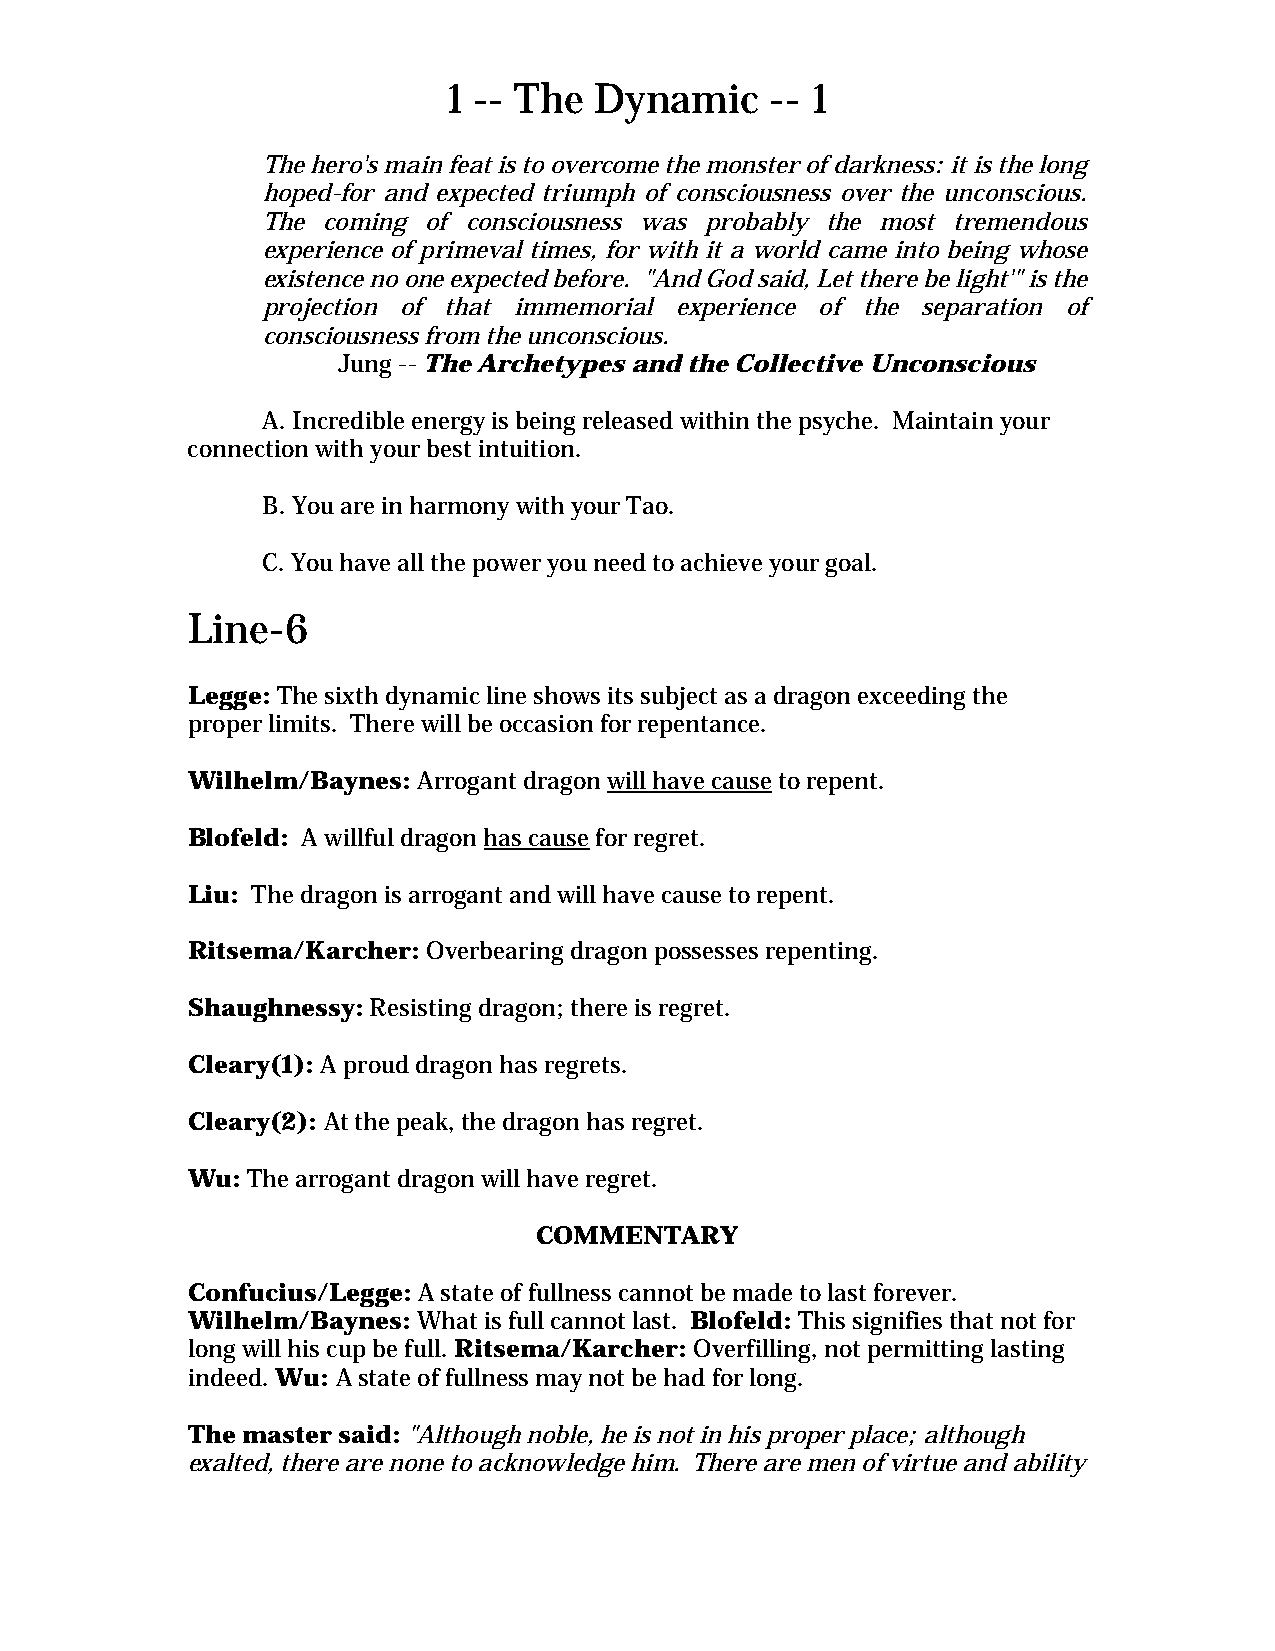
1 -- The Dynamic     -- 1
 The hero's main feat is to overcome the monster of darkness: it is the long
 hoped-for and expected triumph of consciousness over the unconscious.
 The coming of consciousness was probably the most tremendous
 experience of primeval times, for with it a world came into being whose
 existence no one expected before. "And God said, Let there be light'" is the
 projection of that immemorial experience of the separation of
 consciousness from the unconscious.
 Jung -- The Archetypes and the Collective Unconscious
 A. Incredible energy is being released within the psyche. Maintain your
 connection with your best intuition.
 B. You are in harmony with your Tao.
 C. You have all the power you need to achieve your goal.
 Line-6
 Legge: The sixth dynamic line shows its subject as a dragon exceeding the
 proper limits. There will be occasion for repentance.
 Wilhelm/Baynes: Arrogant dragon will have cause to repent.
 Blofeld: A willful dragon has cause for regret.
 Liu: The dragon is arrogant and will have cause to repent.
 Ritsema/Karcher: Overbearing dragon possesses repenting.
 Shaughnessy: Resisting dragon; there is regret.
 Cleary(1): A proud dragon has regrets.
 Cleary(2): At the peak, the dragon has regret.
 Wu: The arrogant dragon will have regret.
 COMMENTARY
 Confucius/Legge: A state of fullness cannot be made to last forever.
 Wilhelm/Baynes: What is full cannot last. Blofeld: This signifies that not for
 long will his cup be full. Ritsema/Karcher: Overfilling, not permitting lasting
 indeed. Wu: A state of fullness may not be had for long.
 The master said: "Although noble, he is not in his proper place; although
 exalted, there are none to acknowledge him. There are men of virtue and ability